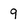
Character: 9